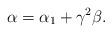
LaTeX: \begin{align*}\alpha=\alpha_1+\gamma^2\beta.\end{align*}